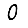
Digit: 0